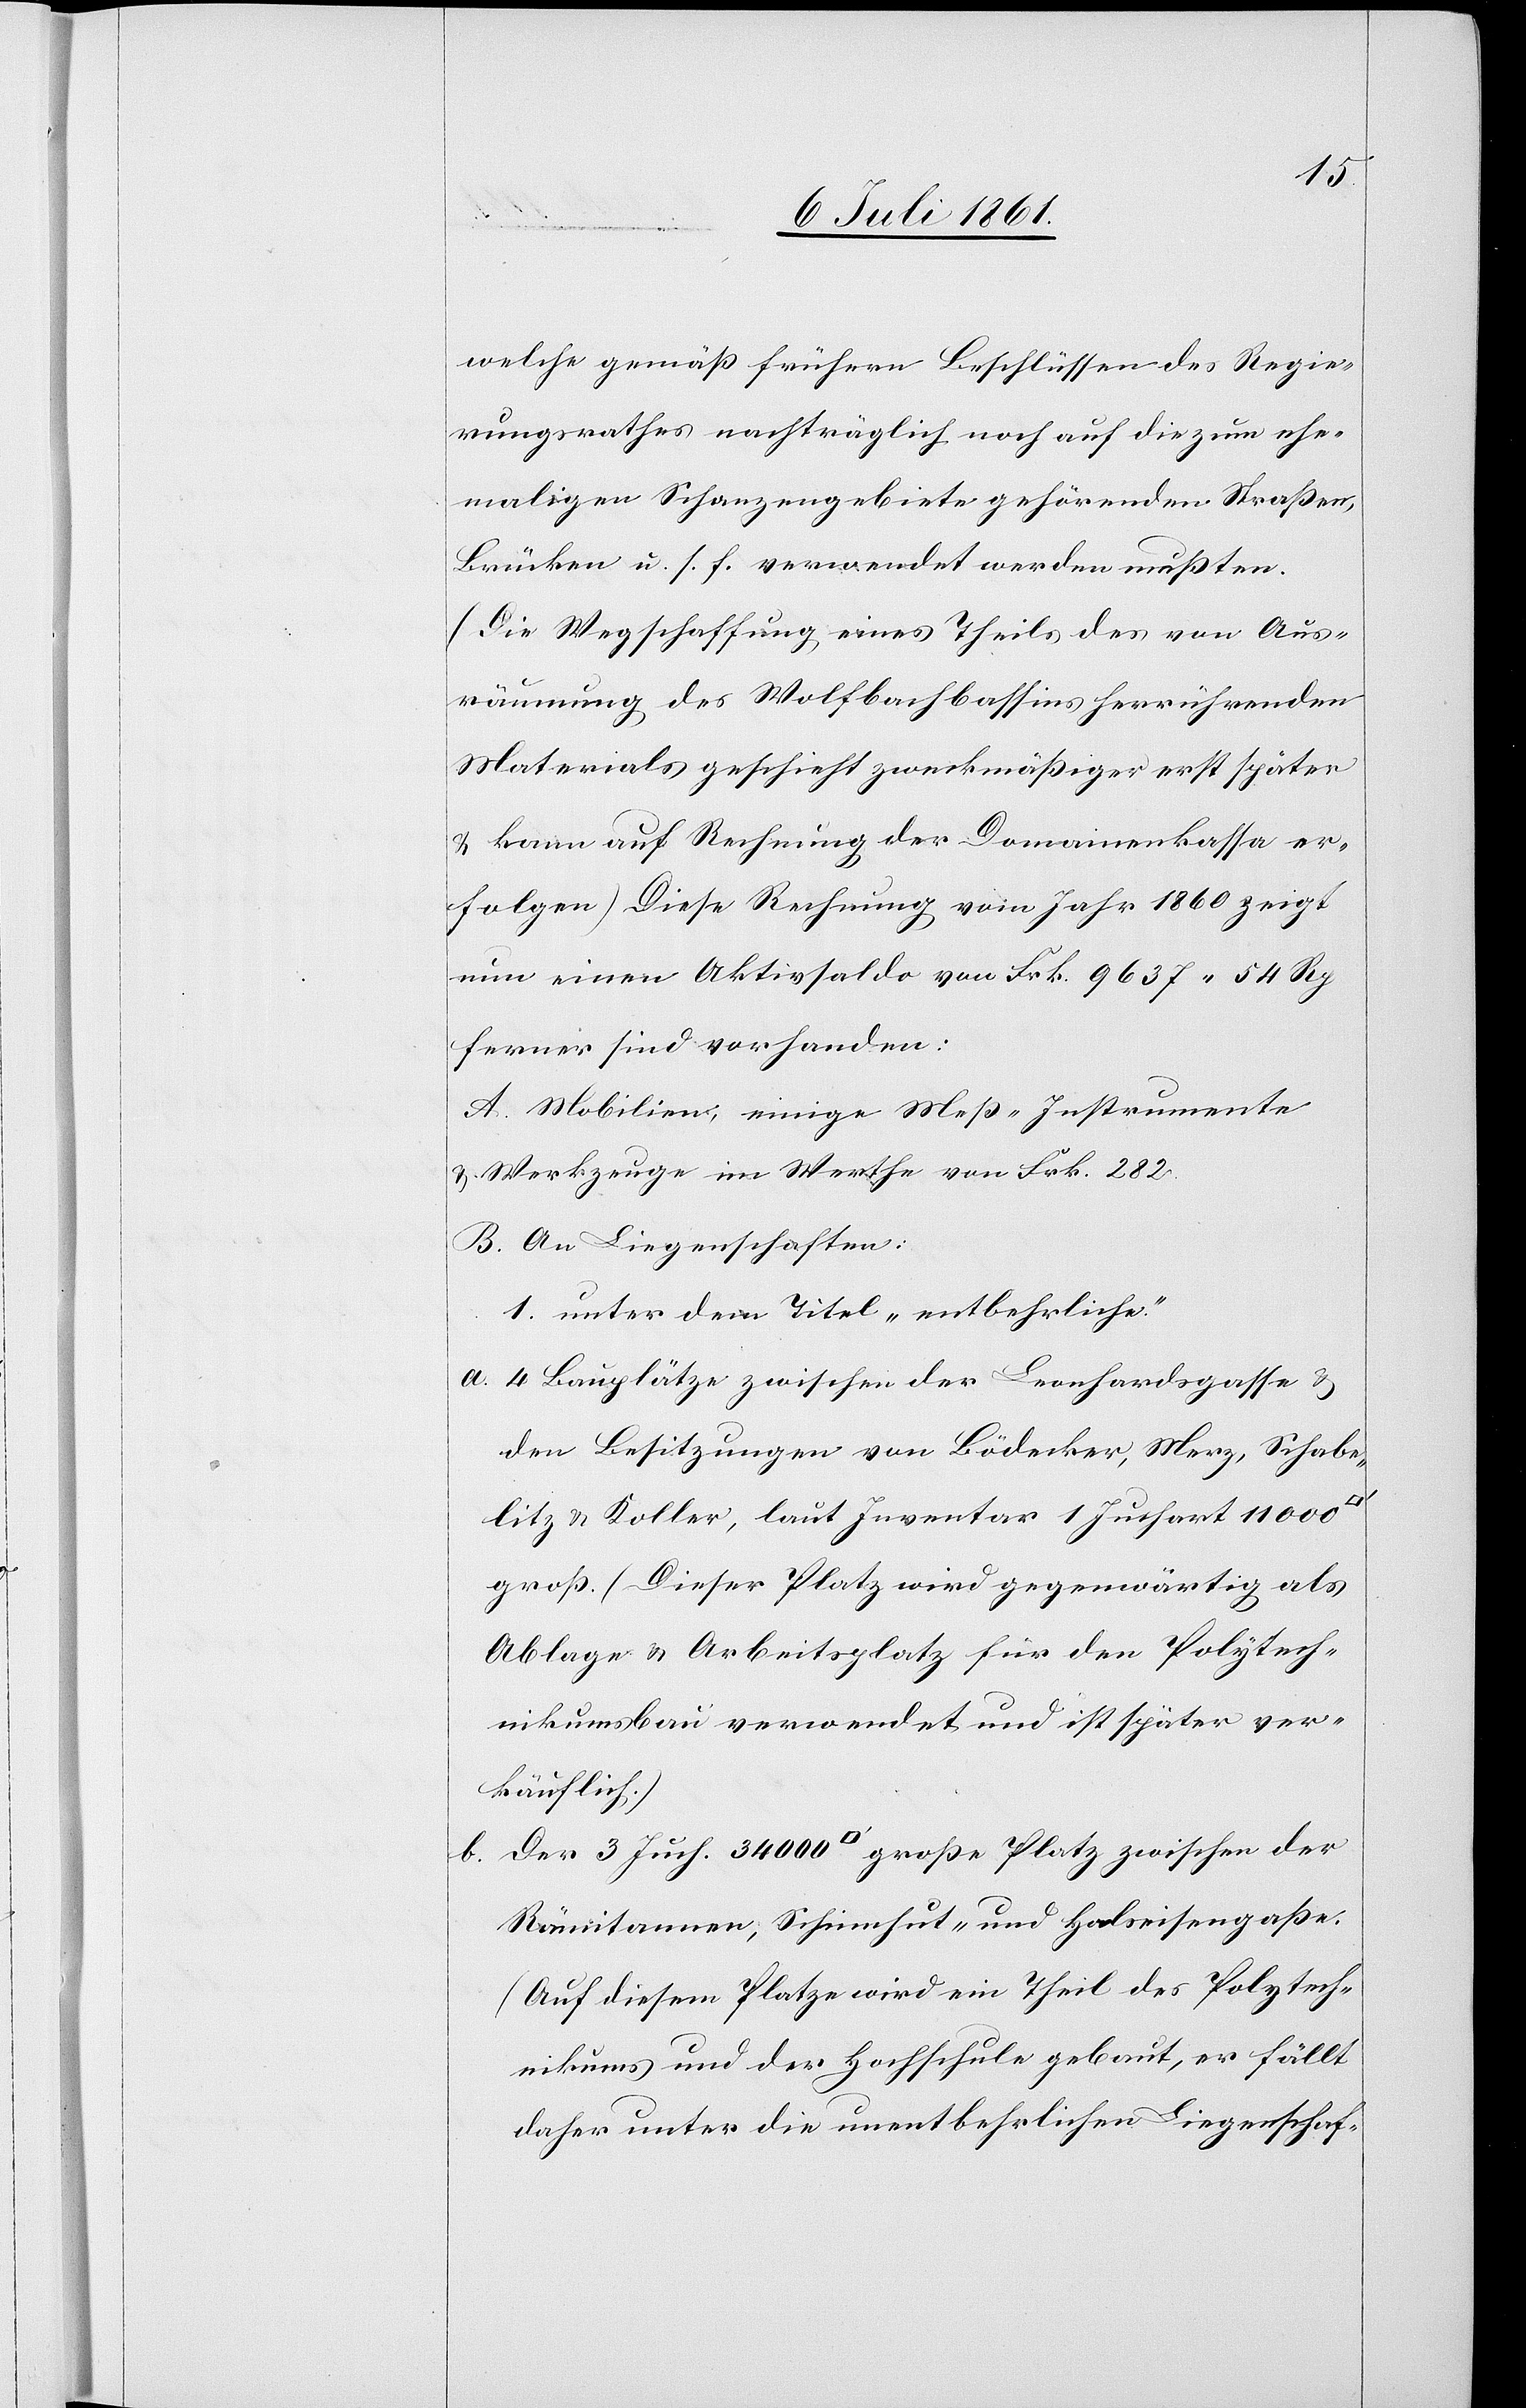
welche gemäß frühern Beschlüssen des Regie¬
rungsrathes nachträglich noch auf die zum ehe¬
maligen Schanzengebiete gehörenden Straßen,
Brücken u. s. f. verwendet werden mußten.
(Die Wegschaffung eines Theils des von Aus¬
räumung des Wolfbachbassins herrührenden
Materials geschieht zweckmäßiger erst später
u. kann auf Rechnung der Domainenkassa er¬
folgen). Diese Rechnung vom Jahr 1860 zeigt
nun einen Aktivsaldo von Frk. 9637.54 Rp
ferner sind vorhanden:
A. Mobilien, einige Meß-Instrumente
u. Werkzeuge im Werthe von Frk. 282.
B. An Liegenschaften:
1. unter dem Titel „entbehrliche“.
a. 4 Bauplätze zwischen der Leonhardgasse u.
den Besitzungen von Bödecker, Merz, Schabe¬
litz u. Koller, laut Inventar 1 Juchart 11000
groß. (Dieser Platz wird gegenwärtig als
Ablage u. Arbeitsplatz für den Polytech¬
nikumsbau verwendet und ist später ver¬
käuflich.)
b. Der 3 Juch. 34000 [Quadratfuß] große Platz zwischen der
Rämitannen, Scheinhut- und Halseisengaße.
(Auf diesem Platze wird ein Theil des Polytech¬
nikums und der Hochschule gebaut, er fällt
daher unter die unentbehrlichen Liegenschaf-